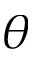
\theta